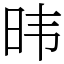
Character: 𬀩